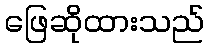
ဖြေဆိုထားသည်